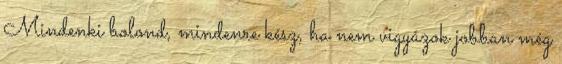
Mindenki bolond, mindenre kész, ha nem vigyázok jobban még